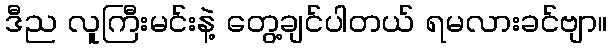
ဒီည လူကြီးမင်းနဲ့ တွေ့ချင်ပါတယ် ရမလားခင်ဗျာ။